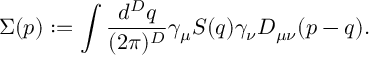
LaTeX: \Sigma ( p ) : = \int { \frac { d ^ { D } q } { ( 2 \pi ) ^ { D } } } \gamma _ { \mu } S ( q ) \gamma _ { \nu } D _ { \mu \nu } ( p - q ) .